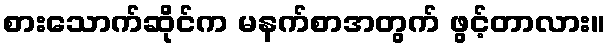
စားသောက်ဆိုင်က မနက်စာအတွက် ဖွင့်တာလား။